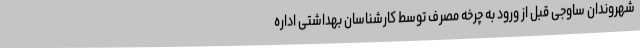
شهروندان ساوجی قبل از ورود به چرخه مصرف توسط کارشناسان بهداشتی اداره